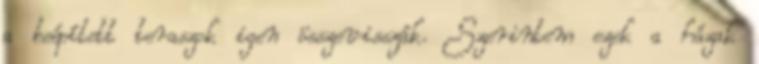
a beépített teraszok igen összevisszák. Szerintem ezek a házak